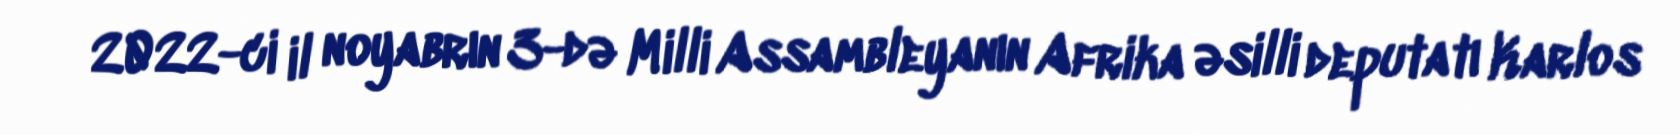
2022-ci il noyabrın 3-də Milli Assambleyanın Afrika əsilli deputatı Karlos